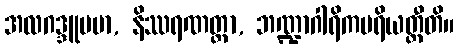
အလဂဒ္ဒူပမာ, နိဿရဏတ္ထာ, ဘဏ္ဍာဂါရိကပရိယတ္တီတိ။